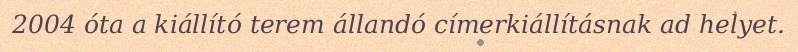
2004 óta a kiállító terem állandó címerkiállításnak ad helyet.